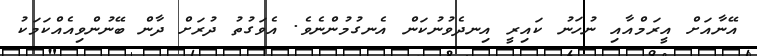
އޭނާއަށް އީރަމްއާއި ނުހަނު ކައިރީ އިނދެވުނުކަން އެނގުމުންނެވެ. އެވަގުތު ދުރަށް ދާން ބޭނުންވިއެއްކަމަކު